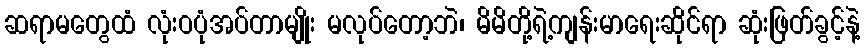
ဆရာမတွေထံ လုံးဝပုံအပ်တာမျိုး မလုပ်တော့ဘဲ၊ မိမိတို့ရဲ့ကျန်းမာရေးဆိုင်ရာ ဆုံးဖြတ်ခွင့်နဲ့